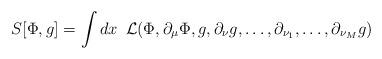
LaTeX: \begin{align*}S[\Phi,g]=\int dx {\phantom{0}}{\cal L}(\Phi,\partial_\mu\Phi,g,\partial_\nu g,\dots,\partial_{\nu_1},\dots,\partial_{\nu_M}g)\end{align*}